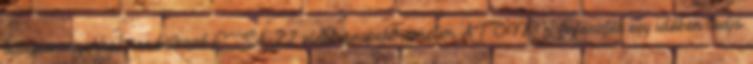
tulajdonságokkal rendelkező ESA-22 elektronspektrométer ATOMK fejlesztés egy időben tudja